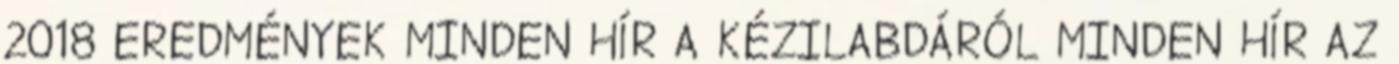
2018 EREDMÉNYEK MINDEN HÍR A KÉZILABDÁRÓL MINDEN HÍR AZ